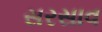
સરસાવ